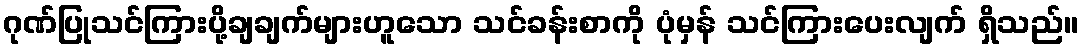
ဂုဏ်ပြုသင်ကြားပို့ချချက်များဟူသော သင်ခန်းစာကို ပုံမှန် သင်ကြားပေးလျက် ရှိသည်။